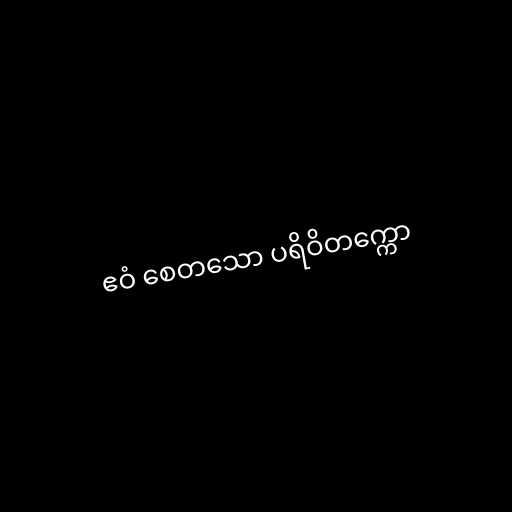
ဧဝံ စေတသော ပရိဝိတက္ကော